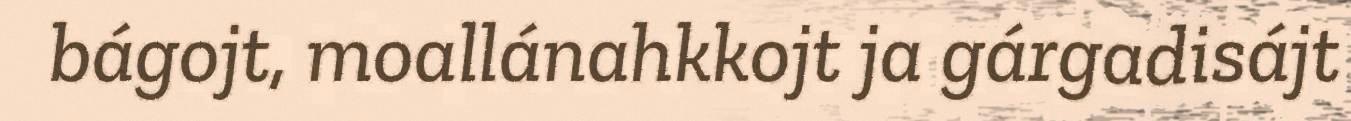
bágojt, moallánahkkojt ja gárgadisájt